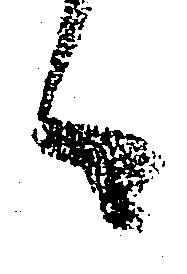
々